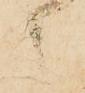
御